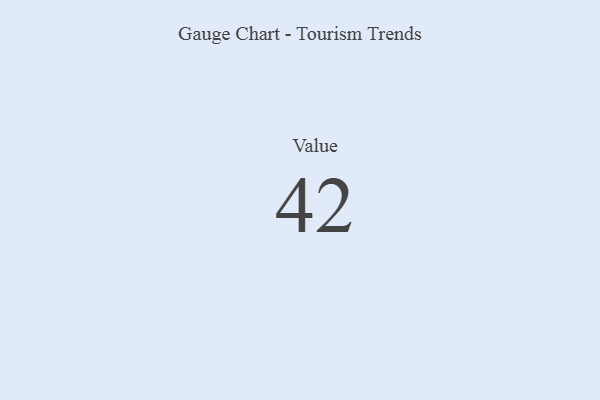
{"axis": {"x": "Metric", "y": "Value"}, "legend": [""], "data": [{"x": "Value", "y": 42, "type": ""}]}